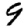
Digit: 9